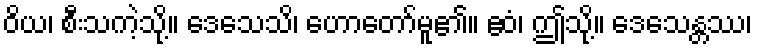
ဝိယ၊ စီးသကဲ့သို့။ ဒေသေသိ၊ ဟောတော်မူ၏။ ဧဝံ၊ ဤသို့။ ဒေသေန္တဿ၊